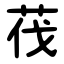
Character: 茷